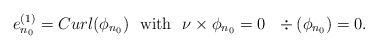
\begin{align*}e_{n_0}^{(1)}= Curl (\phi_{n_0}) \,\, \mbox{ with } \,\, \nu\times \phi_{n_{0}}=0 \,\, \,\, \div(\phi_{n_{0}})=0.\end{align*}